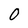
Character: 0